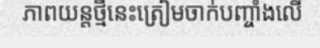
ភាពយន្តថ្មីនេះត្រៀមចាក់បញ្ចាំងលើ